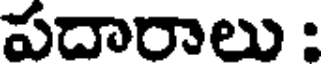
పదారాలు :